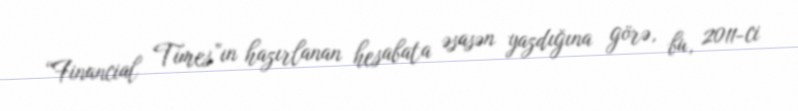
“Financial Times”ın hazırlanan hesabata əsasən yazdığına görə, bu, 2011-ci